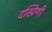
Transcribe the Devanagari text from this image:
दखिणी